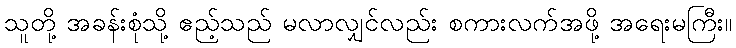
သူတို့ အခန်းစုံသို့ ဧည့်သည် မလာလျှင်လည်း စကားလက်အဖို့ အရေးမကြီး။